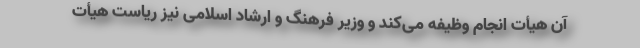
آن هیأت انجام وظیفه می‌کند و وزیر فرهنگ و ارشاد اسلامی نیز ریاست هیأت